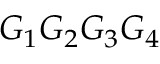
G _ { 1 } G _ { 2 } G _ { 3 } G _ { 4 }